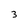
Character: 3